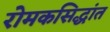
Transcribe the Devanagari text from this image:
रोमकसिद्धांत